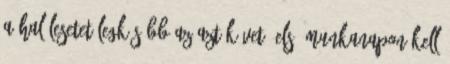
A halálesetet legkésőbb az azt követő első munkanapon kell